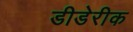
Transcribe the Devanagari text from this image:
डीडेरीक